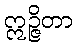
ဣဉ္ဇိတာ